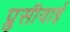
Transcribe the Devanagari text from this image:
प्रुसीयाई